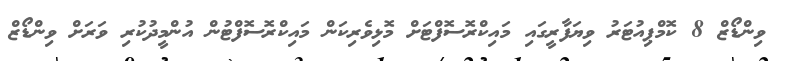
ވިންޑޯޒް 8 ކޮމްޕިއުޓަރު ވިޔަފާރީގައި މައިކްރޮސޮފްޓަށް މޮޅިވެރިކަން މައިކްރޮސޮފްޓުން އުންމީދުކުރި ވަރަށް ވިންޑޯޒް